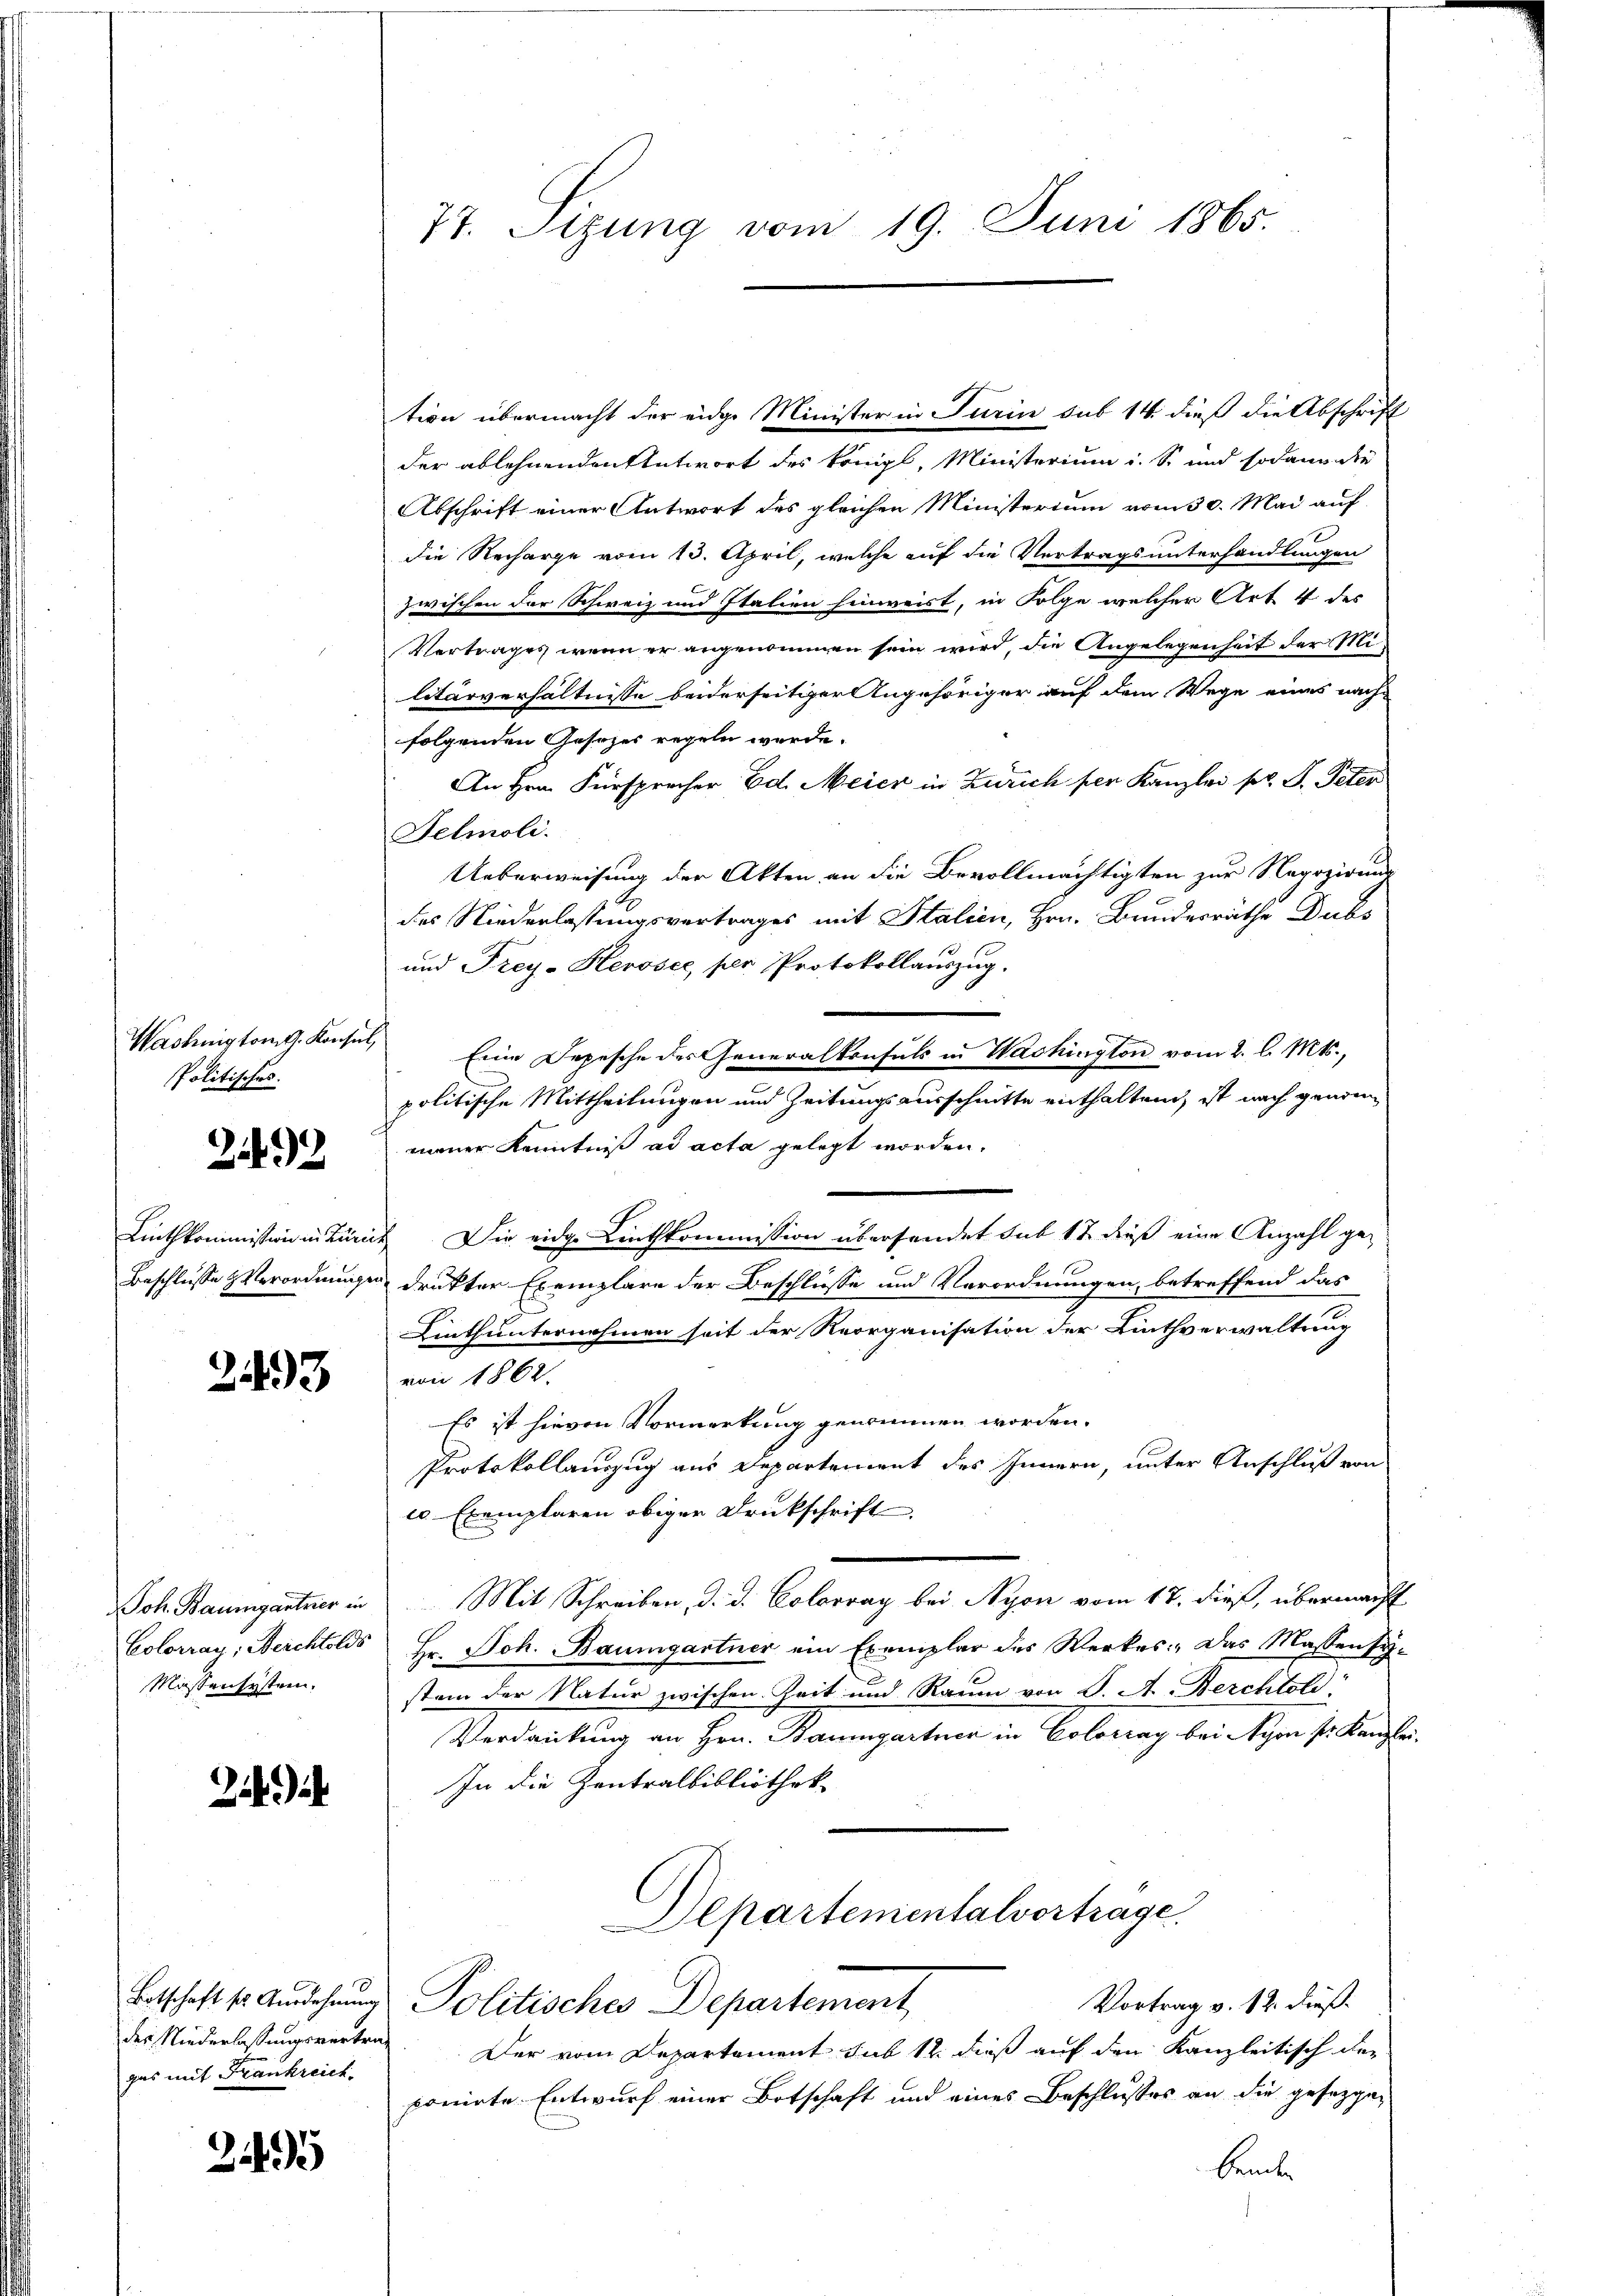
Politisches.

2492

2493

Massensystem.

2)

3495

der Niederlassungsvertrag
gas mit Frankreich

77. Sizung vom 19. Juni 1865.

tion übermacht der eidge Minister in Turin sub 14. dieß die Abschrift
der ablehnenden Antwort des königl, Ministerium i. S. und sodann die
Abschrift einer Antwort des gleichen Ministerium vom 30. Mai auf
die Recharge vom 13. April, welche auf die Vertragsunterhandlungen
zwischen der Schweiz und Italien hinweist, in Folge welcher Art 4 des
Vertrages wenn er angenommen sein wird, die Angelegenheit der Militärverhältnisse beiderseitiger Angehöriger auf dem Wege eines nach-
folgenden Gesezes regeln werde.
An Hrn. Fürsprecher Ed. Meier in Zürich per Kanzlei pr. F. Peter
Felmoli.
Ueberweisung der Akten an die Bevollmächtigten zur Negozirung
des Niederlassungsvertrages mit Stalien, Hrn. Bundesräthe Dubs
und Frey- Herosee, per Protokollauszug.
Washingtong. Konsul, Eine Depesche der Generalkonsuls in Washington vom 2. l. Mts.,
politische Mittheilungen und Zeitungsausschnitte enthaltend, ist nach genommeier Kenntniß ad acta gelegt worden.
Linthkommission in Zürich Die eidge Linthkommission übersendet sub 12 dieß eine Anzahl ge¬
Beschlusse Verordnungen, druckter Exemplare der Beschlüsse und Verordnungen, betreffend das
Linthunternehmen seit der Reorganisation der Linthverwaltung
von 1862.
Es ist hievon Vormerkung genommen worden.
Protokollauszug aus Departement des Innern, unter Anschluß von
c0 Exemplaren obiger Druckschrift
Joh. Baumgartner in Mit Schreiben, d. d. Colorvay bei Nyon vom 17. dieß, übermacht
Colorrau, Berchtolds Hr. Joh. Baumgartner ein Exemplar der Werkes: Das Massensystem der Natur zwischen Zeit und Raum von S. A. Berchtol
Verdrückung an Hrn. Baumgartner in Colorrag bei Nyon sr. Kanzlei.
In die Zentralbibliothek
Departementalvortrage.
Botschaft so Ausdehnung Politisches Departement
Vortrag v. 12. dieß.
Der vom Departement sub 12 dieß auf den Kanzleitisch der
ponirte Entwurf einer Botschaft und eines Beschlusses an die gesezge-
beute